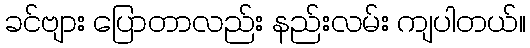
ခင်ဗျား ပြောတာလည်း နည်းလမ်း ကျပါတယ်။